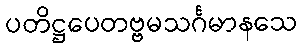
ပတိဋ္ဌပေတဗ္ဗမသင်္ဂမာနသေ